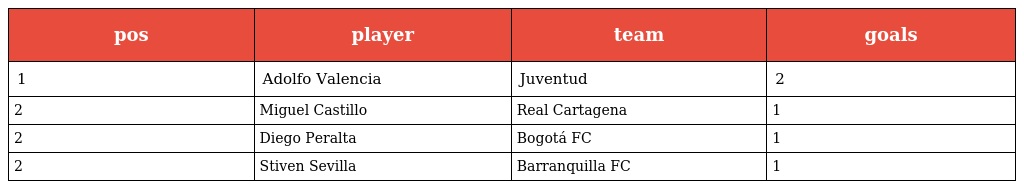
| pos | player | team | goals |
 | --- | --- | --- | --- |
 | 1 | Adolfo Valencia | Juventud | 2 |
 | 2 | Miguel Castillo | Real Cartagena | 1 |
 | 2 | Diego Peralta | Bogotá FC | 1 |
 | 2 | Stiven Sevilla | Barranquilla FC | 1 |